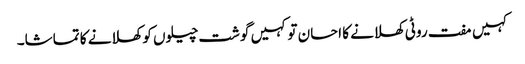
کہیں مفت روٹی کھلانے کا احسان تو کہیں گوشت چیلوں کو کھلانے کا تماشا۔